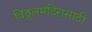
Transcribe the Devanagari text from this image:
विठ्ठलमंदिरासाठी